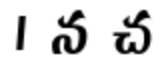
। న చ